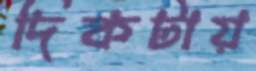
দিকটায়